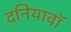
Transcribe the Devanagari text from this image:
दनियावॉ